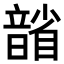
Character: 𪱐